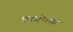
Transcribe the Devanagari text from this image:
पणजोबांस